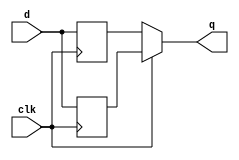
module top_module (
    input clk,
    input d,
    output q
); 
    
    reg ptemp, ntemp;
    
    always @(posedge clk) ptemp <= d;
    always @(negedge clk) ntemp <= d;
    
    assign q = (clk)?ptemp:ntemp;

endmodule